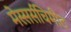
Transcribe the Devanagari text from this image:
मेस्सर्सचिमीट